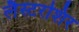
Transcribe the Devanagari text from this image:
लैस्टरशिर